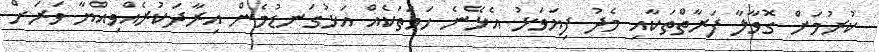
ކުރުމަށް ގޮވާލާ ފަރާތްތަކާއި މެދު ފިޔަވަޅު އެޅޭނެ ހަމަތަކެއް އަޅުގަނޑުމެން އިރާދަކުރެއްވިއްޔާ ވަރަށް